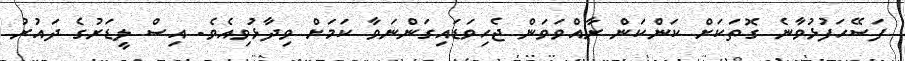
ފަސޭހަފުޅުވާނެ ގޮތަކަށް ކަންކަން ރާއްވަވަން ޖެހިވަޑައިގަންނަވާ ކަމަށް ވިދާޅުވިއެވެ. އިސް ލީޑަރުގެ ދައުރު